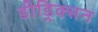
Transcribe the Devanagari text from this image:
डीड्रिक्सन